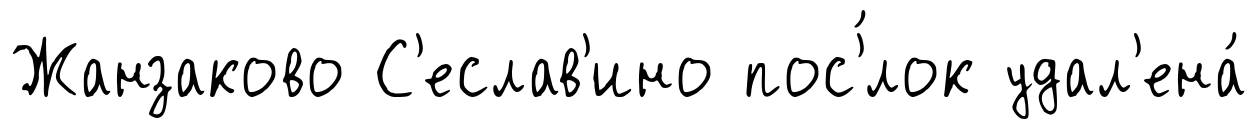
Жанзаково С'еслав'ино пос'́лок удал'ена́